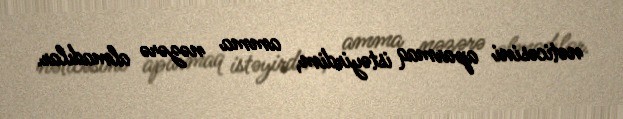
nəticəsini aparmaq istəyirdim, amma nəzərə almadılar.